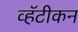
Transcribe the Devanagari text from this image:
व्हॅटीकन